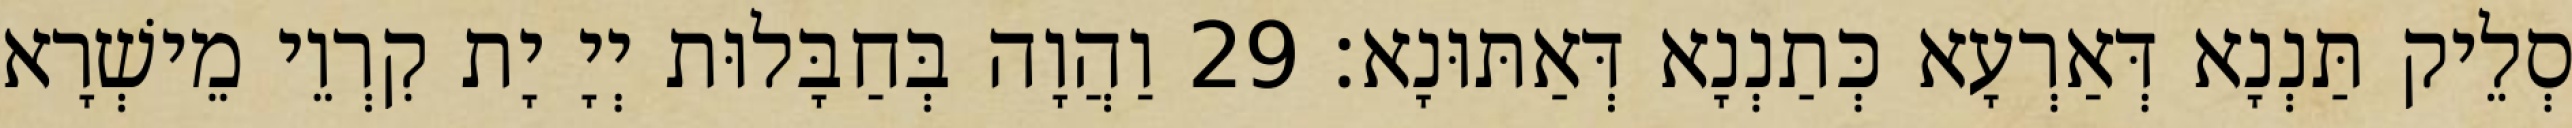
סְלֵיק תַּנְנָא דְּאַרְעָא כְּתַנְנָא דְּאַתּוּנָא׃ 29 וַהֲוָה בְּחַבָּלוּת יְיָ יָת קִרְוֵי מֵישְׁרָא